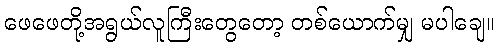
ဖေဖေတို့အရွယ်လူကြီးတွေတော့ တစ်ယောက်မျှ မပါချေ။